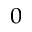
_ 0